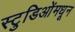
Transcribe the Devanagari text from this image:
स्टुडिओंमधून